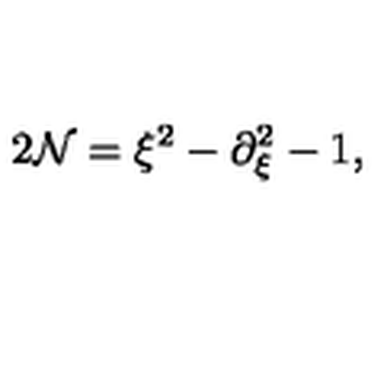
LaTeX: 2 { \cal N } = \xi ^ { 2 } - \partial _ { \xi } ^ { 2 } - 1 ,